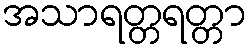
အသာရတ္တရတ္တာ